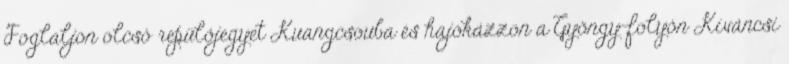
Foglaljon olcsó repülőjegyet Kuangcsouba és hajókázzon a Gyöngy-folyón Kíváncsi